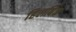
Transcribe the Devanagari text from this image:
हिलबिंक